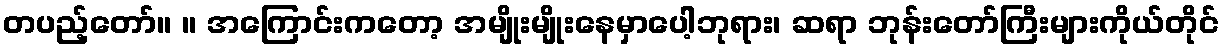
တပည့်တော်။ ။ အကြောင်းကတော့ အမျိုးမျိုးနေမှာပေါ့ဘုရား၊ ဆရာ ဘုန်းတော်ကြီးများကိုယ်တိုင်